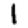
Digit: 1